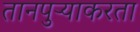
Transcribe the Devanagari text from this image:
तानपुऱ्याकरता